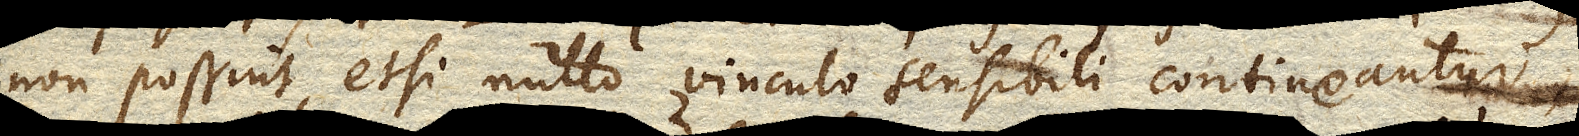
non possint, etsi nullo vinculo sensibili contineantur,